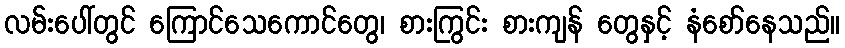
လမ်းပေါ်တွင် ကြောင်သေကောင်တွေ၊ စားကြွင်း စားကျန် တွေနှင့် နံစော်နေသည်။